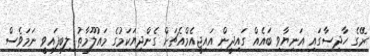
ރޭގެ ހާދިސާގައި އަނިޔާވި ބައެއް ގައިދީން އައިޖީއެމްއެޗަށް ގެންދިޔަކަމުގެ މައުލޫމާތު ލިބިފައިވީ ނަމަވެސް